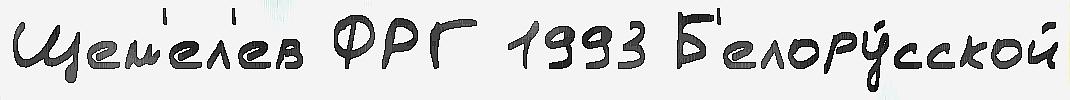
Щем'ел'ев ФРГ 1993 Б'елору́сской